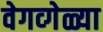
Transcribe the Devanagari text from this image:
वेगव्गेळ्या